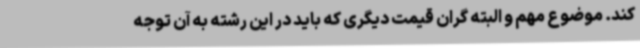
کند. موضوع مهم و البته گران قیمت دیگری که باید در این رشته به آن توجه